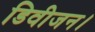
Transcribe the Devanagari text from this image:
डिवीजन।